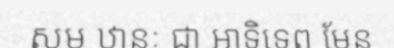
សម ឋានៈ ជា អាទិទេព មែន